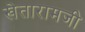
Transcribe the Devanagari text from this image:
खेतारामजी